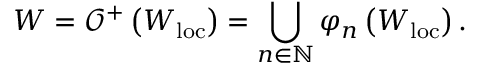
W = \mathcal { O } ^ { + } \left( W _ { \mathrm { l o c } } \right) = \bigcup _ { n \in \mathbb { N } } \varphi _ { n } \left( W _ { \mathrm { l o c } } \right) .